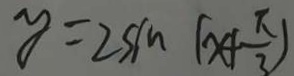
y = 2 \sin ( x + \frac { \pi } { 3 } )